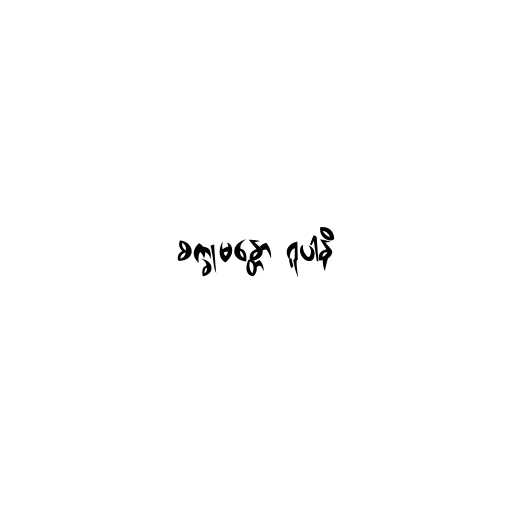
စက္ခုမန္တော ရူပါနိ